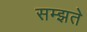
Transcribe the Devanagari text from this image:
सम्झते